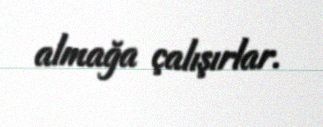
almağa çalışırlar.